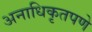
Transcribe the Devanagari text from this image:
अनाधिकृतपणे